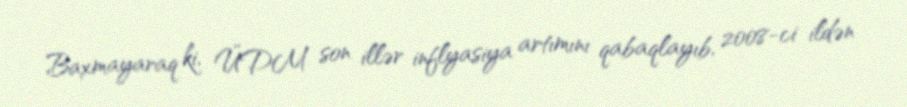
Baxmayaraq ki, ÜDM son illər inflyasiya artımını qabaqlayıb, 2008-ci ildən